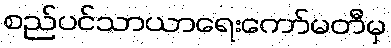
စည်ပင်သာယာရေးကော်မတီမှ